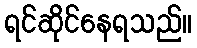
ရင်ဆိုင်နေရသည်။